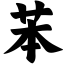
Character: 苯